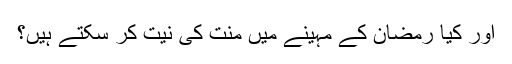
اور کیا رمضان کے مہینے میں منت کی نیت کر سکتے ہیں؟